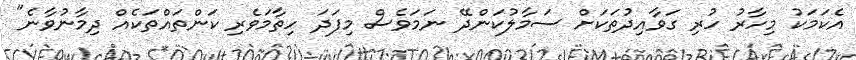
އެކަމަކު މިހާރު ހުރި ގަވާއިދުތަކަށް ސަމާލުކަންދޭ ނަމަވެސް މިފަދަ ހިތާމަވެރި ކަންތައްތަކެއް ދިމާނުވާނެ"